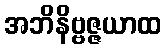
အဘိနိဗ္ဗဇ္ဇယာထ